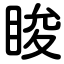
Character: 睃